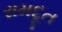
રામદૂત